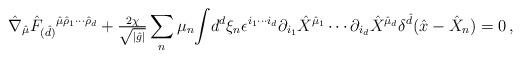
LaTeX: \begin{align*}\hat{\nabla}_{\hat{\mu}}\hat{F}_{(\hat{d})}{}^{\hat{\mu}\hat{\rho}_{1}\cdots\hat{\rho}_{d}}+{\textstyle\frac{2\chi}{\sqrt{|\hat{g}|}}}\sum_{n} \mu_{n}{\displaystyle\int} d^{d}\xi_{n}\epsilon^{i_{1}\cdots i_{d}}\partial_{i_{1}}\hat{X}^{\hat{\mu}_{1}} \cdots \partial_{i_{d}}\hat{X}^{\hat{\mu}_{d}}\delta^{\hat{d}}(\hat{x}-\hat{X}_{n}) = 0\, ,\end{align*}